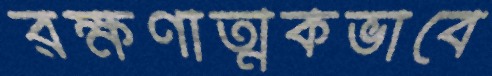
রক্ষণাত্মকভাবে